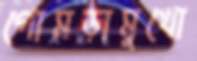
গোমড়ামুখো